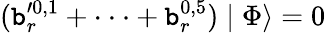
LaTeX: (\mathtt{b}_{r}^{\prime0,1}+\cdot\cdot\cdot+\mathtt{b}_{r}^{0,5})\mid\Phi\rangle=0